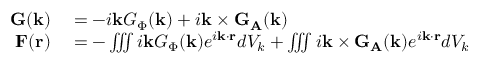
\begin{array} { r l } { \mathbf { G } ( \mathbf { k } ) } & { { } = - i \mathbf { k } G _ { \Phi } ( \mathbf { k } ) + i \mathbf { k } \times \mathbf { G } _ { \mathbf { A } } ( \mathbf { k } ) } \\ { \mathbf { F } ( \mathbf { r } ) } & { { } = - \iiint i \mathbf { k } G _ { \Phi } ( \mathbf { k } ) e ^ { i \mathbf { k } \cdot \mathbf { r } } d V _ { k } + \iiint i \mathbf { k } \times \mathbf { G } _ { \mathbf { A } } ( \mathbf { k } ) e ^ { i \mathbf { k } \cdot \mathbf { r } } d V _ { k } } \end{array}